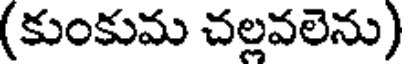
(కుంకుమ చల్లవలెను)